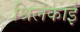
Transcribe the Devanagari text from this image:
श्रिलंकाई